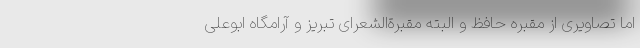
اما تصاویری از مقبره حافظ و البته مقبرةالشعرای تبریز و آرامگاه ابوعلی